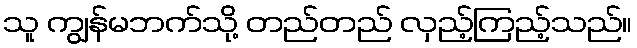
သူ ကျွန်မဘက်သို့ တည်တည် လှည့်ကြည့်သည်။